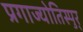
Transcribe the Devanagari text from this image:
प्रगाज्योतिस्पुर्